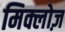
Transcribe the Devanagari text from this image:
मिक्लोज़